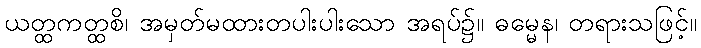
ယတ္ထကတ္ထစိ၊ အမှတ်မထားတပါးပါးသော အရပ်၌။ ဓမ္မေန၊ တရားသဖြင့်။